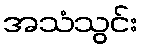
အသံသွင်း